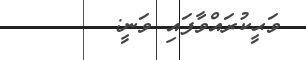
ވަޙީކުރައްވާފައި ވަނީ: